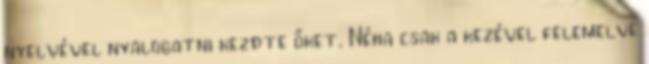
nyelvével nyalogatni kezdte őket. Néha csak a kezével felemelve